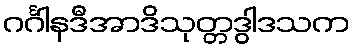
ဂင်္ဂါနဒီအာဒိသုတ္တဒွါဒသက